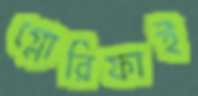
গ্লোরিফাই